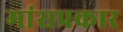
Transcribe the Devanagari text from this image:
मांसप्रकार